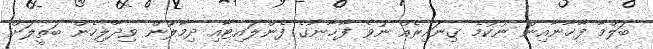
ބަލްމާ ފާޚާނާއިން ނުކުމެ ގިނައިރެއް ނުވެ ފާޚާނާގެ ފެންލައިޓާއި ދިމާލުން ވިދާލިހެން ބަތީލަށް